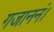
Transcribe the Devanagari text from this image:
गजाननं।